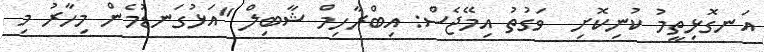
އަނގޮޅިތީމު ކުނިކޮށި  ވަގުތު އިމޭޖެސް: އިބްރާހިމް ޝާބިލް "އަޅުގަނޑުމެން މިހާރު މި